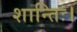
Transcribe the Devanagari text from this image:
शान्तिः।